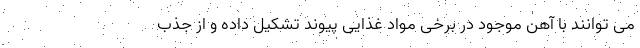
می توانند با آهن موجود در برخی مواد غذایی پیوند تشکیل داده و از جذب